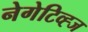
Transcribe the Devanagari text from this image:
नेगेटिव्ह्ज